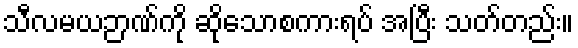
သီလမယဉာဏ်ကို ဆိုသောစကားရပ် အပြီး သတ်တည်း။